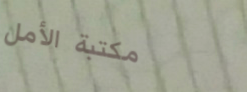
مكتبة الأمل